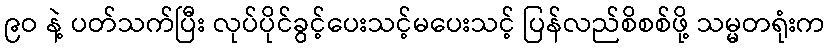
၉ဝ နဲ့ ပတ်သက်ပြီး လုပ်ပိုင်ခွင့်ပေးသင့်မပေးသင့် ပြန်လည်စိစစ်ဖို့ သမ္မတရုံးက